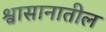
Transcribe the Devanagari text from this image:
श्वासानातील